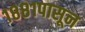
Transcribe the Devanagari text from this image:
१८८१पासून